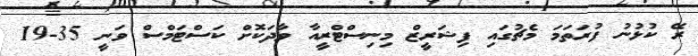
ރޭ ކުޅުނު ފުރަތަމަ މެޗުގައި ފިޝަރީޒް މިނިސްޓްރީއާ ވާދަކޮށް ކަސްޓަމްސް ވަނީ 35-19